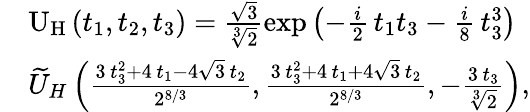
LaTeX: \begin{array}{rl}&{\mathrm{U}_{\mathrm{H}}\left(t_{1},t_{2},t_{3}\right)=\frac{\sqrt{3}}{\sqrt[3]{2}}\exp\left(-\frac{i}{2}\, t_{1}t_{3}-\frac{i}{8}\, t_{3}^{3}\right)}\\ &{\smash{\widetilde{U}}_{H}\left(\frac{3\, t_{3}^{2}+4\, t_{1}-4\sqrt{3}\, t_{2}}{2^{8/3}},\frac{3\, t_{3}^{2}+4\, t_{1}+4\sqrt{3}\, t_{2}}{2^{8/3}},-\frac{3\, t_{3}}{\sqrt[3]{2}}\right),}\end{array}